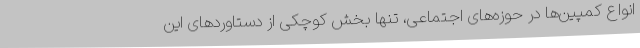
انواع کمپین‌ها در حوزه‌های اجتماعی، تنها بخش کوچکی از دستاوردهای این